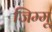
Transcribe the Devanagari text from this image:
जिम्मू